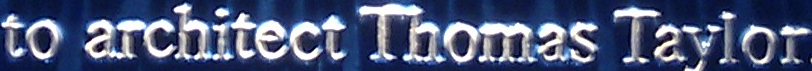
to architect Thomas Taylor